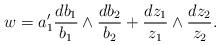
LaTeX: \begin{align*} w= a_1' \frac{d b_1}{b_1} \wedge \frac{d b_2}{b_2}+\frac{d z_1}{z_1} \wedge \frac{d z_2}{z_2}.\end{align*}